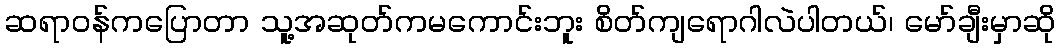
ဆရာဝန်ကပြောတာ သူ့အဆုတ်ကမကောင်းဘူး စိတ်ကျရောဂါလဲပါတယ်၊ မော်ချီးမှာဆို